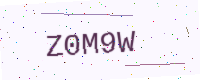
Text: Z0M9W